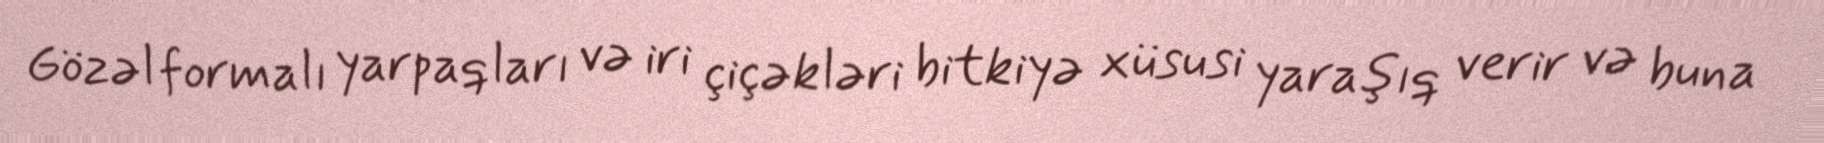
Gözəl formalı yarpaqları və iri çiçəkləri bitkiyə xüsusi yaraşıq verir və buna